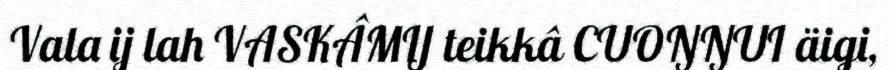
Vala ij lah VASKÂMIJ teikkâ CUOŊŊUI äigi,